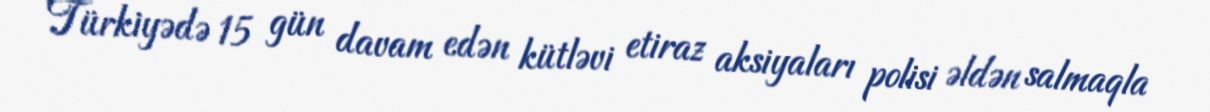
Türkiyədə 15 gün davam edən kütləvi etiraz aksiyaları polisi əldən salmaqla